Civil Veterinary Department Bengal reports 1933-51 - 1933-1951
Year: 1933
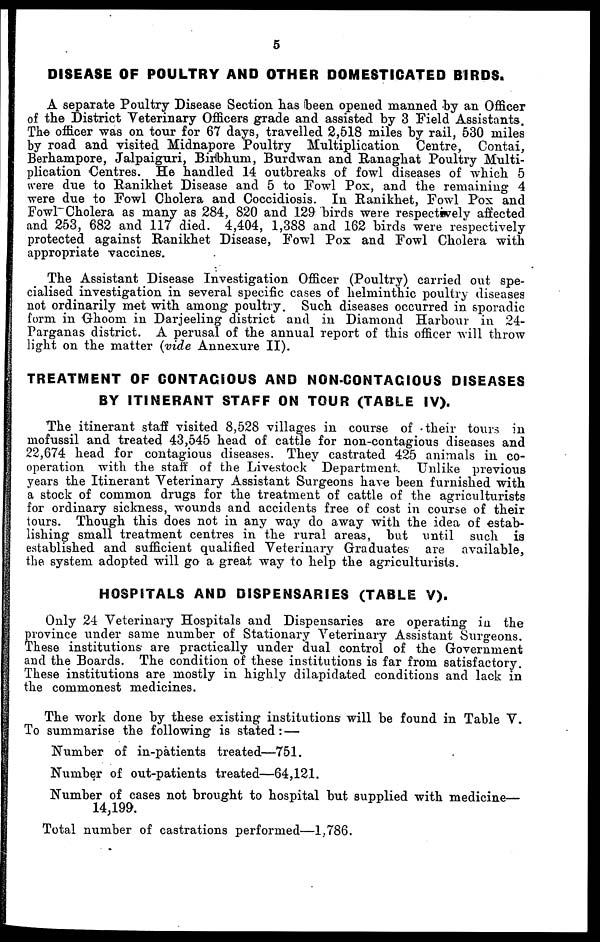
5
DISEASE OF POULTRY AND OTHER DOMESTICATED BIRDS.
A separate Poultry Disease Section has been opened manned by an Officer
of the District Veterinary Officers grade and assisted by 3 Field Assistants.
The officer was on tour for 67 days, travelled 2,518 miles by rail, 530 miles
by road and visited Midnapore Poultry Multiplication Centre, Contai,
Berhampore, Jalpaiguri, Birbhum, Burdwan and Ranaghat Poultry Multi-
plication Centres. He handled 14 outbreaks of fowl diseases of which 5
were due to Ranikhet Disease and 5 to Fowl Pox, and the remaining 4
were due to Fowl Cholera and Coccidiosis. In Ranikhet, Fowl Pox and
Fowl Cholera as many as 284, 820 and 129 birds were respectively affected
and 253, 682 and 117 died. 4,404, 1,388 and 162 birds were respectively
protected against Ranikhet Disease, Fowl Pox and Fowl Cholera with
appropriate vaccines.
The Assistant Disease Investigation Officer (Poultry) carried out spe-
cialised investigation in several specific cases of helminthic poultry diseases
not ordinarily met with among poultry. Such diseases occurred in sporadic
form in Ghoom in Darjeeling district and in Diamond Harbour in 24-
Parganas district. A perusal of the annual report of this officer will throw
light on the matter (vide Annexure II).
TREATMENT OF CONTAGIOUS AND NON-CONTAGIOUS DISEASES
BY ITINERANT STAFF ON TOUR (TABLE IV).
The itinerant staff visited 8,528 villages in course of their tours in
mofussil and treated 43,545 head of cattle for non-contagious diseases and
22,674 head for contagious diseases. They castrated 425 animals in co-
operation with the staff of the Livestock Department. Unlike previous
years the Itinerant Veterinary Assistant Surgeons have been furnished with
a stock of common drugs for the treatment of cattle of the agriculturists
for ordinary sickness, wounds and accidents free of cost in course of their
tours. Though this does not in any way do away with the idea of estab-
lishing small treatment centres in the rural areas, but until such is
established and sufficient qualified Veterinary Graduates are available,
the system adopted will go a great way to help the agriculturists.
HOSPITALS AND DISPENSARIES (TABLE V).
Only 24 Veterinary Hospitals and Dispensaries are operating in the
province under same number of Stationary Veterinary Assistant Surgeons.
These institutions are practically under dual control of the Government
and the Boards. The condition of these institutions is far from satisfactory.
These institutions are mostly in highly dilapidated conditions and lack in
the commonest medicines.
The work done by these existing institutions will be found in Table V.
To summarise the following is stated : —
Number of in-patients treated—751.
Number of out-patients treated—64,121.
Number of cases not brought to hospital but supplied with medicine—
14,199.
Total number of castrations performed—1,786.